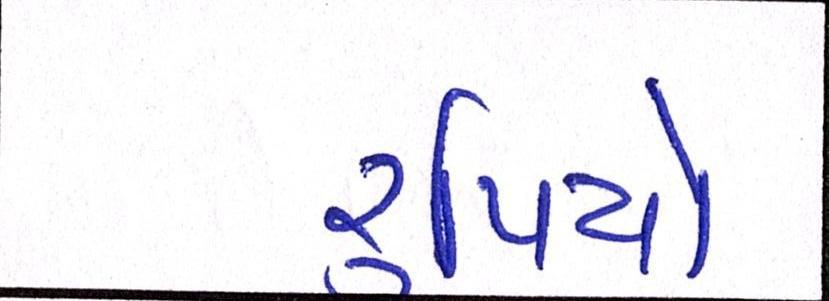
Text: રૃપિયો